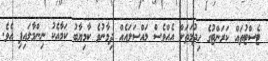
ޓެސްޓުތައް ކަރަންޓުގެ ހިދުމަތަށް އެއްވެސް މައްސަލައެއް ދިމާނުވެ ކާމިޔާބު ކަމާއެކު ނިންމާލައިފި އެވެ.